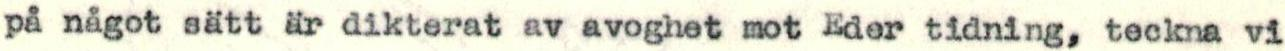
på något sätt är dikterat av avoghet mot Eder tidning, teckna vi